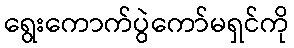
ရွေးကောက်ပွဲကော်မရှင်ကို